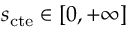
s _ { \mathrm { c t e } } \in [ 0 , + \infty ]